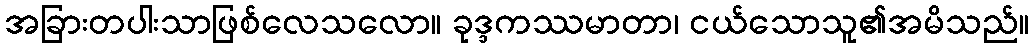
အခြားတပါးသာဖြစ်လေသလော။ ခုဒ္ဒကဿမာတာ၊ ငယ်သောသူ၏အမိသည်။